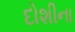
દોશીના